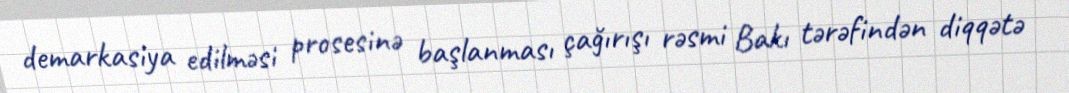
demarkasiya edilməsi prosesinə başlanması çağırışı rəsmi Bakı tərəfindən diqqətə